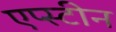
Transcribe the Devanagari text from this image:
एप्स्टीन